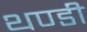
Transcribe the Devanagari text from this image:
थण्डी